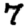
Digit: 7